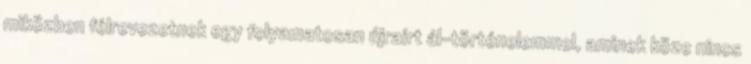
miközben félreve­zetnek egy folyamatosan újraírt ál-történelemmel, aminek kö­ze nincs